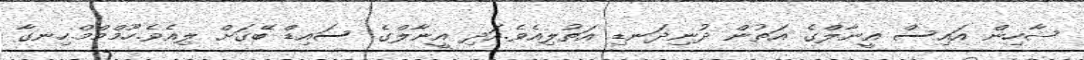
ޝާހިން އައިސް އީނާލްގެ އަތުން ދުނިދަނޑި އަތުލިއެވެ.އަދި އީނާލްގެ ސައިޑް ބޭގަށް ލިއެވެ.ހޫމްމްމް.ހިނގާ